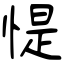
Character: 惿